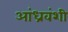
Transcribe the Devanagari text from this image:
आंध्रवंशी